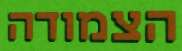
הצמודה